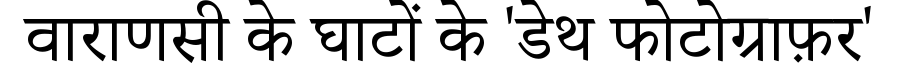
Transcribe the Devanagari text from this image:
वाराणसी के घाटों के 'डेथ फोटोग्राफ़र'